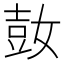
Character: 𰌌